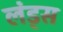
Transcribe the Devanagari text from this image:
लंड्स